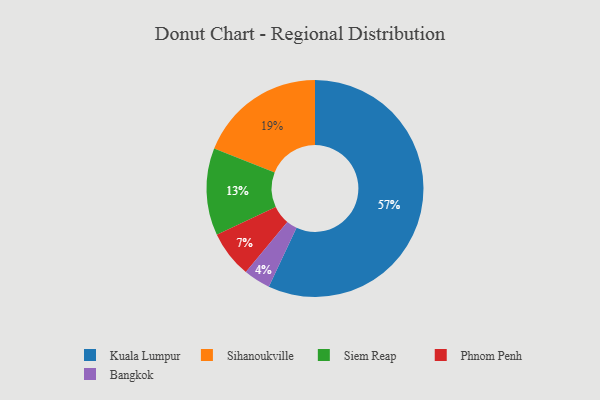
{"axis": {"x": "Category", "y": "Percentage"}, "legend": ["Bangkok", "Kuala Lumpur", "Phnom Penh", "Siem Reap", "Sihanoukville"], "data": [{"x": "Siem Reap", "y": 13, "type": "Siem Reap"}, {"x": "Sihanoukville", "y": 19, "type": "Sihanoukville"}, {"x": "Bangkok", "y": 4, "type": "Bangkok"}, {"x": "Phnom Penh", "y": 7, "type": "Phnom Penh"}, {"x": "Kuala Lumpur", "y": 57, "type": "Kuala Lumpur"}]}